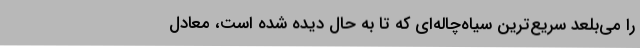
را می‌بلعد سریع‌ترین سیاه‌چاله‌ای که تا به حال دیده شده است، معادل